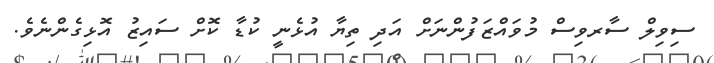
ސިވިލް ސާރވިސް މުވައްޒަަފުންނަށް އަދި ތިޔާ އުޅެނީ ކުޑާ ކޮށް ސައިޒު އޮޅިގެންނެވެ.